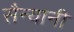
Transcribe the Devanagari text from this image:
सैन्यानी